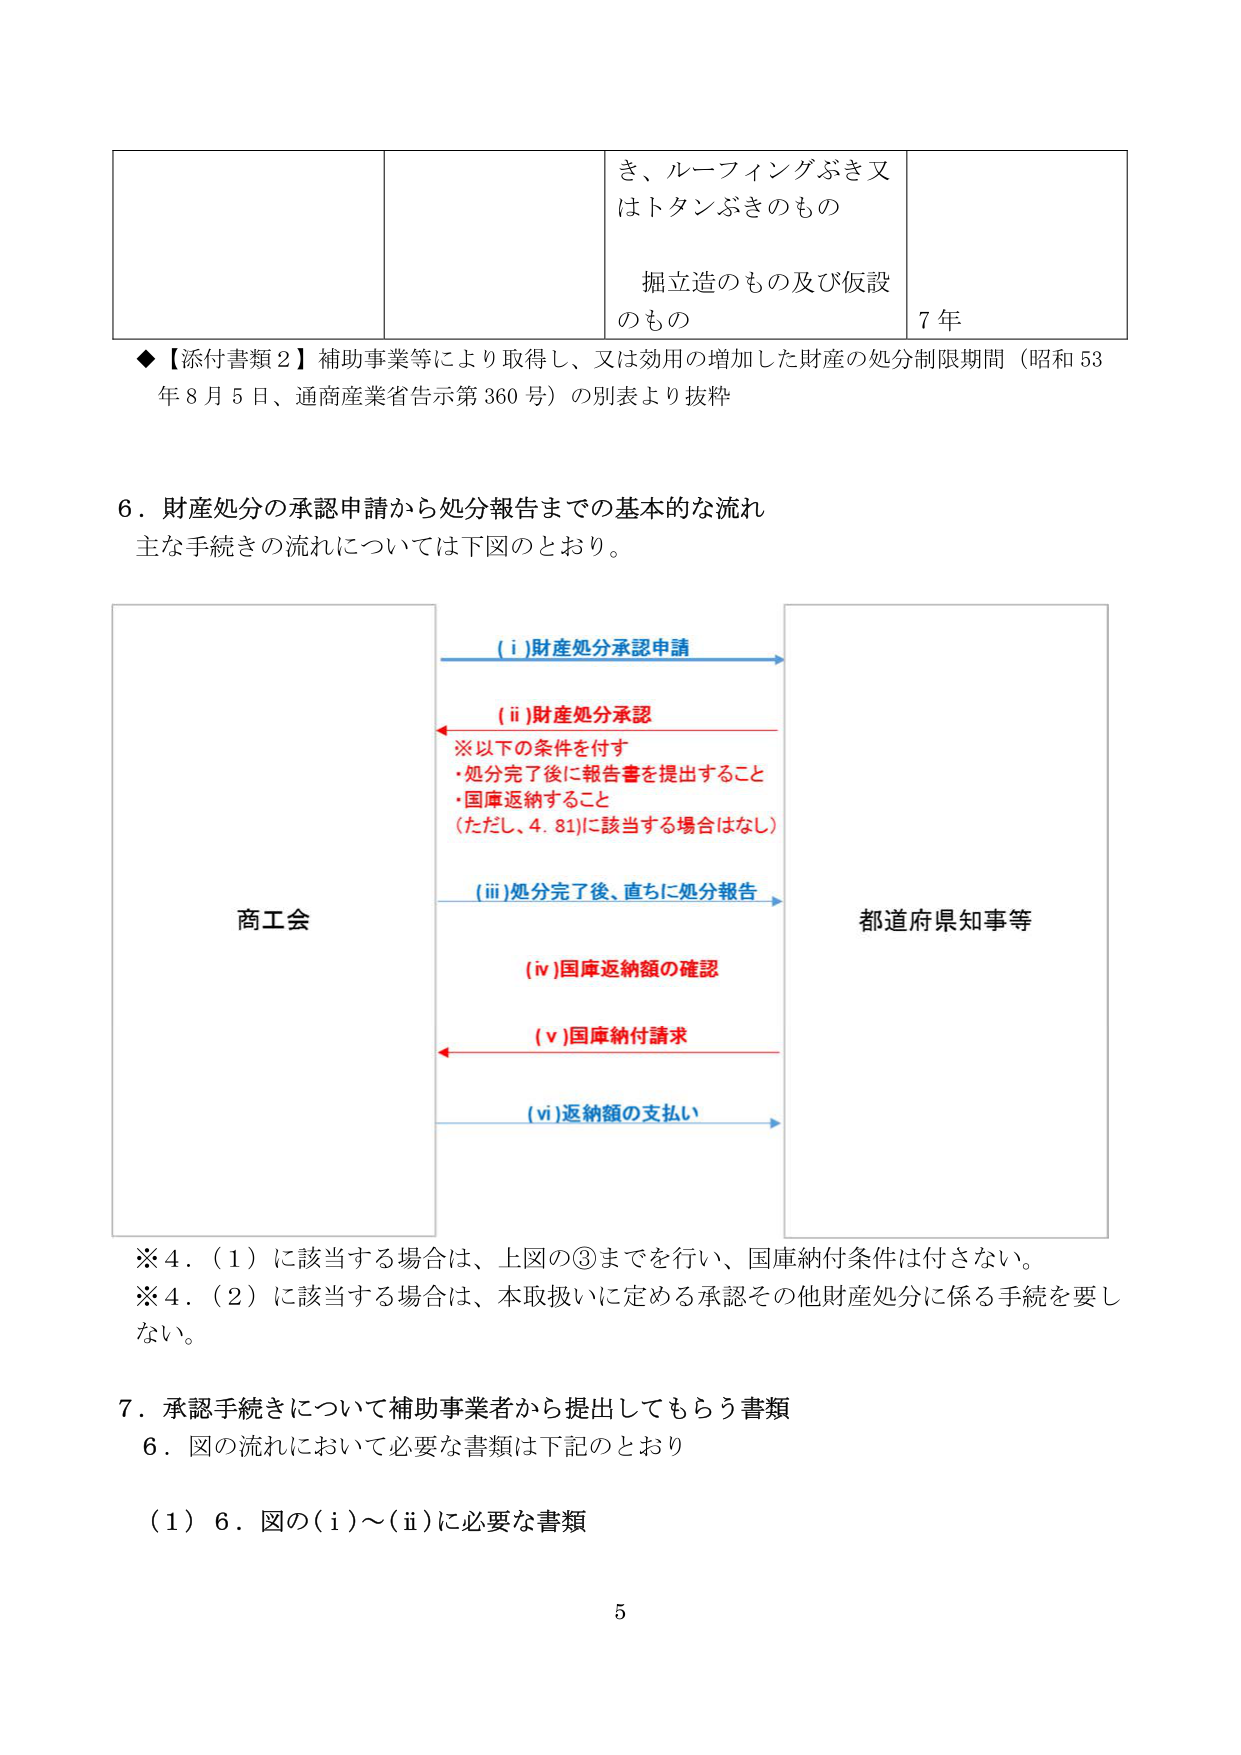
き、ルーフィングぶき又はトタンぶきのもの
掘立造のもの及び仮設のもの
7年

◆【添付書類２】補助事業等により取得し、又は効用の増加した財産の処分制限期間（昭和53年8月5日、通商産業省告示第360号）の別表より抜粋

6．財産処分の承認申請から処分報告までの基本的な流れ
主な手続きの流れについては下図のとおり。

（i）財産処分承認申請
（ii）財産処分承認
※以下の条件を付す
・処分完了後に報告書を提出すること
・国庫返納すること
（ただし、4.81に該当する場合はなし）
（iii）処分完了後、直ちに処分報告
（iv）国庫返納額の確認
（v）国庫納付請求
（vi）返納額の支払い

商工会
都道府県知事等

※4．（1）に該当する場合は、上図の③までを行い、国庫納付条件は付さない。
※4．（2）に該当する場合は、本取扱いに定める承認その他財産処分に係る手続を要しない。

7．承認手続きについて補助事業者から提出してもらう書類
6．図の流れにおいて必要な書類は下記のとおり

（1）6．図の（i）～（ii）に必要な書類

5